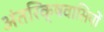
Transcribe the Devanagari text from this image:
अंतरिक्षवासियों